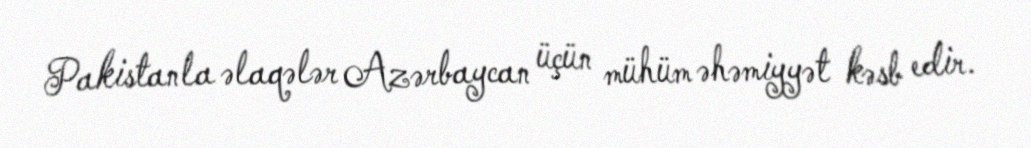
Pakistanla əlaqələr Azərbaycan üçün mühüm əhəmiyyət kəsb edir.